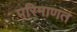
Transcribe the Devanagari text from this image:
परिमाणत